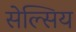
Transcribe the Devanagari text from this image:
सेल्सिय